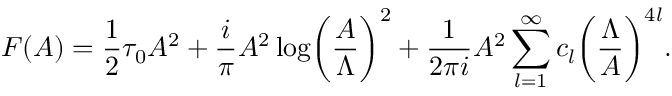
{ \cal F } ( A ) = { \frac { 1 } { 2 } } \tau _ { 0 } A ^ { 2 } + { \frac { i } { \pi } } A ^ { 2 } \log \biggl ( { \frac { A } { \Lambda } } \biggr ) ^ { 2 } + { \frac { 1 } { 2 \pi i } } A ^ { 2 } \sum _ { l = 1 } ^ { \infty } c _ { l } \biggl ( { \frac { \Lambda } { A } } \biggr ) ^ { 4 l } .